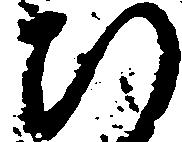
ひ